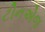
ટીનએજ